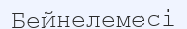
Бейнелемесі